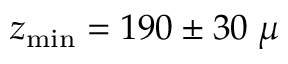
z _ { \mathrm { m i n } } = 1 9 0 \pm 3 0 \; \mu